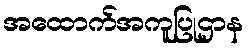
အထောက်အကူပြုဌာန